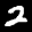
Label: 2